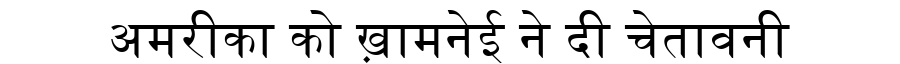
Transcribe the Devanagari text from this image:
अमरीका को ख़ामनेई ने दी चेतावनी